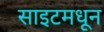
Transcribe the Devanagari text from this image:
साइटमधून